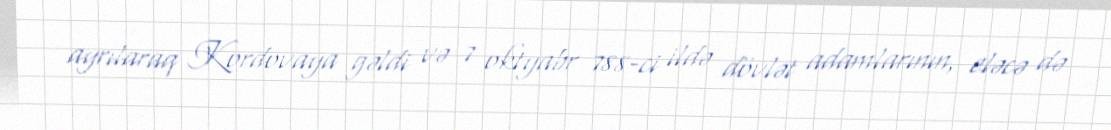
ayrılaraq Kordovaya gəldi və 7 oktyabr 788-ci ildə dövlət adamlarının, eləcə də